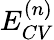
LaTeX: E_{CV}^{(n)}